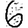
Digit: 6